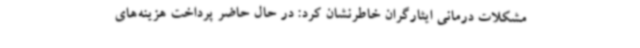
مشکلات درمانی ایثارگران خاطرنشان کرد: در حال حاضر پرداخت هزینه‌های